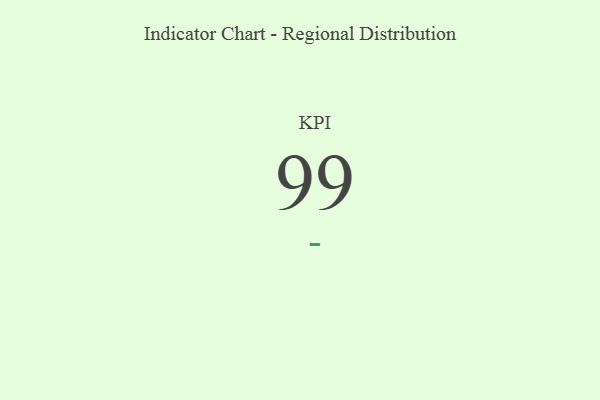
{"axis": {"x": "KPI", "y": "Value"}, "legend": [""], "data": [{"x": "KPI", "y": 99, "type": ""}]}